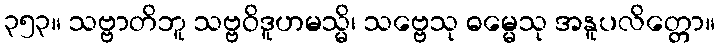
၃၅၃။ သဗ္ဗာတိဘူ သဗ္ဗဝိဒူဟမသ္မိ၊ သဗ္ဗေသု ဓမ္မေသု အနူပလိတ္တော။